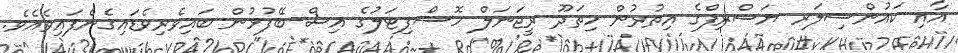
އާއި ކައުންސިލަރ ޔަސްރިފްގެ އިތުރުން ހިތަދޫ ރީޖަނަލް ހޮސްޕިޓަލުގެ އިސް ބޭފުޅުން ބައިވެރިވެޑައިގެންފައިވެއެވެ.